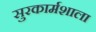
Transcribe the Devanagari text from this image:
सुरकार्मशाला